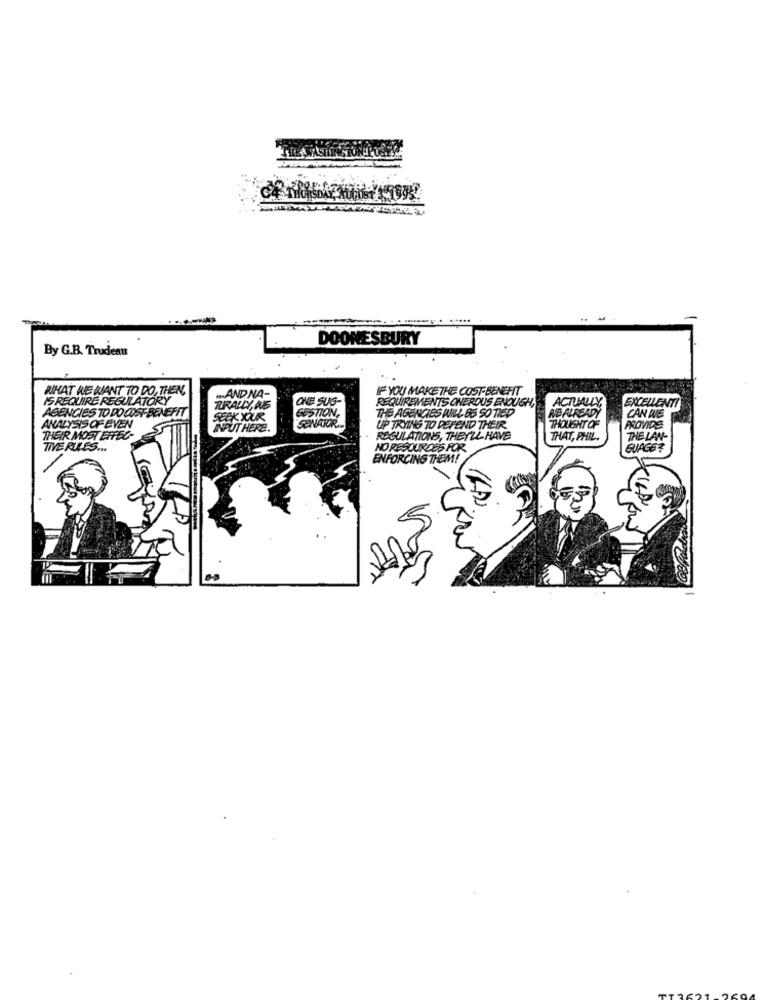
DOONESBURY
By G.B. Trudeau
WHAT WE WANT TO DO, THEN,
IF YOU MAKE THE COST-BENEFIT
IS REQUIRE REGULATORY
AND NA-
ONE SUG-
REQUIREMENTS ONEROUS ENOUGH,
ACTUALLY,
EXCELLENTI
TURALLY, WE
GESTION,
THE AGENCIES IUNL 65 SO TIED
AGENCIES TO DO COST-BENEFIT
SEEKYOUR
NIE ALREADY
CAN IVE
ANALYSIS OF EVEN
INPUT HERE
SENATOR
UP TRYING TO DEFEND THEIR
THOUGHT OF
PROVIDE
THEIR MOST ERTEC-
REGULATIONS, THEY'LL HAVE
THAT, PHIL.
THE LAN-
TIVE RULES ...
NO RESOURCES FOR.
GUAGE?
ENFORCING THEM!